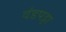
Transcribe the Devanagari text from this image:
दंडपट्टा